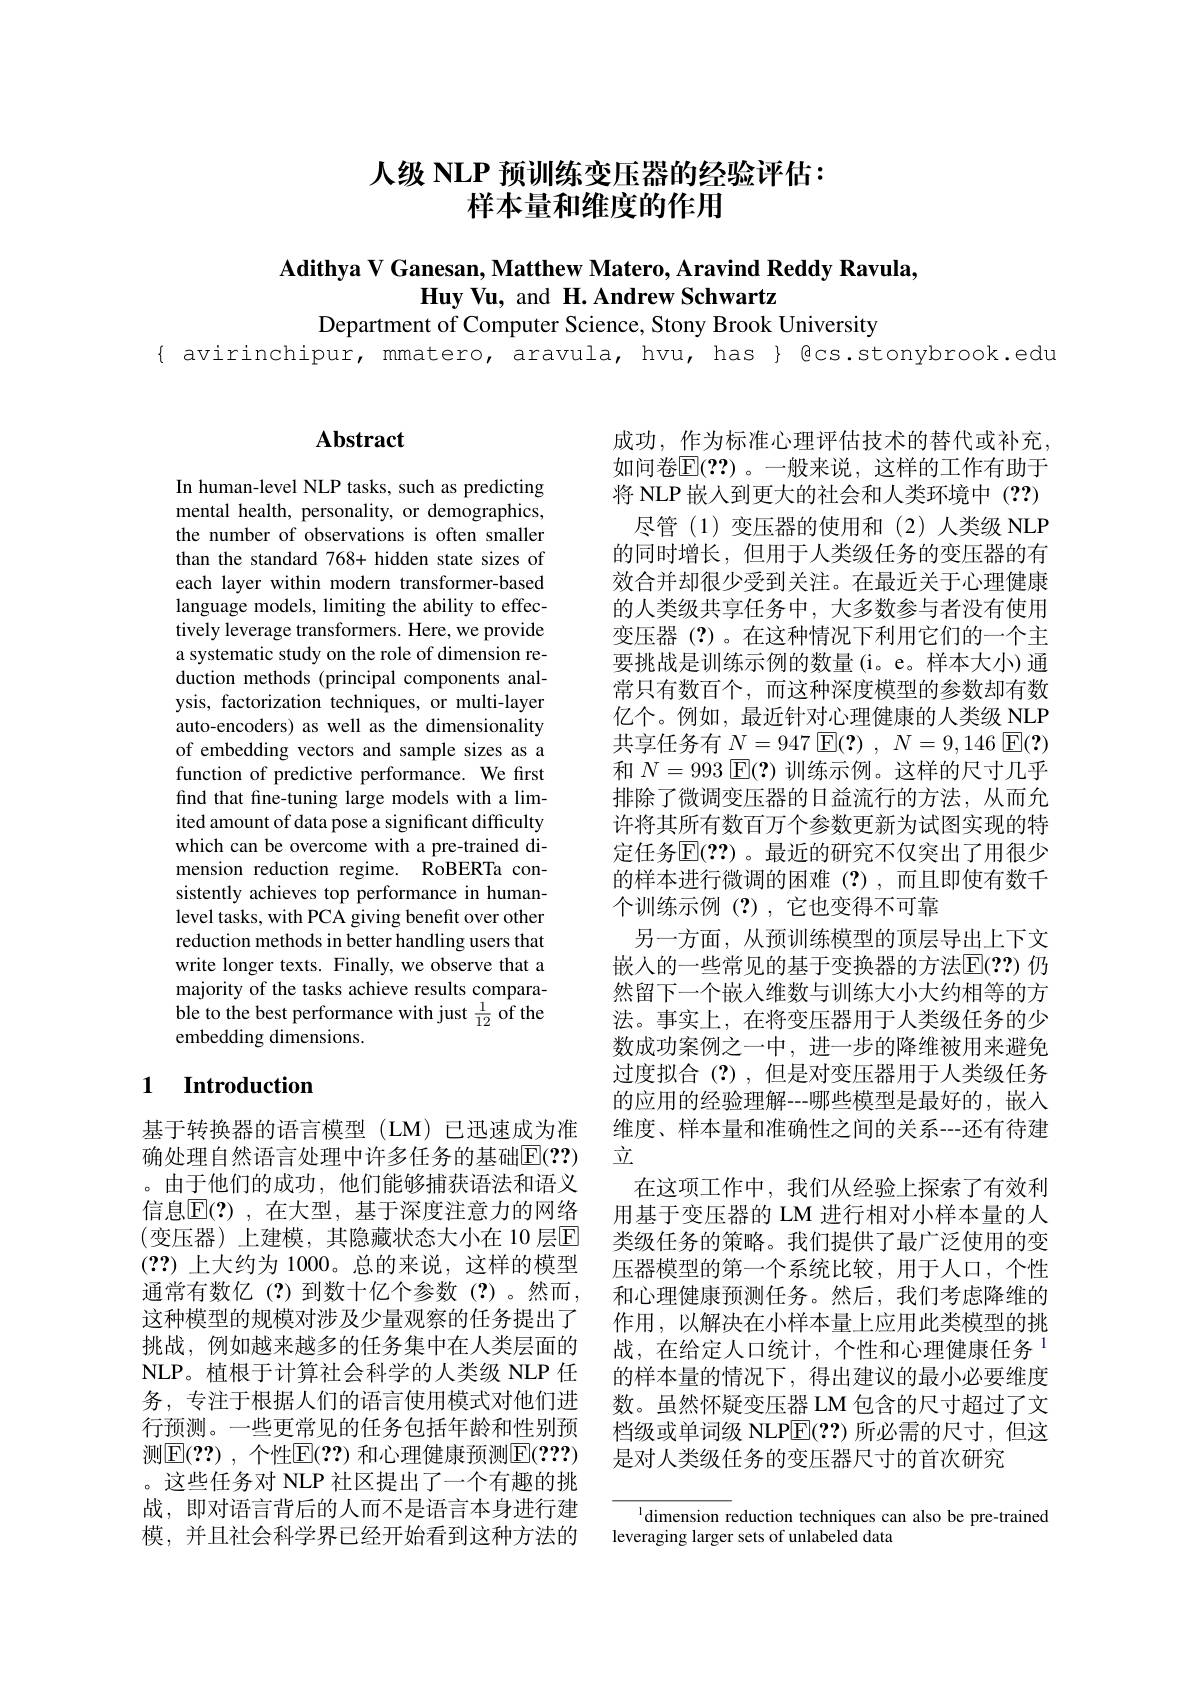
# 人级 NLP 预训练变压器的经验评估： 样本量和维度的作用

Adithya V Ganesan, Matthew Matero, Aravind Reddy Ravula,
$\textbf{Huy Vu, and H. Andrew Schwartz}$

Department of Computer Science, Stony Brook University

{ avirinchipur, mmatero, aravula, hvu, has } €cs.stonybrook.edu

## $\mathbf{Abstract}$

In human-level NLP tasks, such as predicting mental health, personality, or demographics, the number of observations is often smaller than the standard 768+ hidden state sizes of each layer within modern transformer-based language models, limiting the ability to effectively leverage transformers. Here, we provide a systematic study on the role of dimension reduction methods (principal components analysis, factorization techniques, or multi-layer auto-encoders) as well as the dimensionality of embedding vectors and sample sizes as a function of predictive performance. We first find that fine-tuning large models with a limited amount of data pose a significant difficulty which can be overcome with a pre-trained dimension reduction regime. RoBERTa consistently achieves top performance in humanlevel tasks, with PCA giving benefit over other reduction methods in better handling users that write longer texts. Finally, we observe that a majority of the tasks achieve results comparable to the best performance with just $\frac1{12}$ of the embedding dimensions.

### 1 $\textbf{Introduction}$

基于转换器的语言模型(LM)已迅速成为准确处理自然语言处理中许多任务的基础$\mathbb{E}(??)$ 。由于他们的成功，他们能够捕获语法和语义信息$\overline {\mathbb{E} }( ? )$ , 在大型，基于深度注意力的网络(变压器)上建模，其隐藏状态大小在 10 层$\mathbb{E}$ (??)上大约为 1000。总的来说，这样的模型通常有数亿(?)到数十亿个参数(?)。然而， 这种模型的规模对涉及少量观察的任务提出了挑战，例如越来越多的任务集中在人类层面的NLP。植根于计算社会科学的人类级 NLP 任务，专注于根据人们的语言使用模式对他们进行预测。一些更常见的任务包括年龄和性别预测$\boxed{\mathrm{E}}(??)$ ,个性$\boxed{\mathrm{F}}(??)$ 和心理健康预测$\boxed{\mathrm{E}}(???)$ 。这些任务对 NLP 社区提出了一个有趣的挑战，即对语言背后的人而不是语言本身进行建模，并且社会科学界已经开始看到这种方法的

成功，作为标准心理评估技术的替代或补充， 如问卷$\mathbb{E}(??)$ 。一般来说，这样的工作有助于将 NLP 嵌人到更大的社会和人类环境中(??)
尽管(1)变压器的使用和(2)人类级 NLP 的同时增长，但用于人类级任务的变压器的有效合并却很少受到关注。在最近关于心理健康的人类级共享任务中，大多数参与者没有使用变压器(?)。在这种情况下利用它们的一个主要挑战是训练示例的数量(i。e。样本大小)通常只有数百个，而这种深度模型的参数却有数亿个。例如，最近针对心理健康的人类级 NLP 共享任务有$\underline {N}= 947$ $\boxed{\mathrm{E} }( ? )$ , $N= 9, 146$ $\boxed{\mathrm{E} }( ? )$ 和$N=993$ $\mathbb{E}(?)$训练示例。这样的尺寸几乎排除了微调变压器的日益流行的方法，从而允许将其所有数百万个参数更新为试图实现的特定任务$\overline{\mathbb{E}}(??)$ 。最近的研究不仅突出了用很少的样本进行微调的困难(?),而且即使有数千个训练示例(?),它也变得不可靠
另一方面，从预训练模型的顶层导出上下文嵌人的一些常见的基于变换器的方法$\mathbb{E}(??)$ 仍然留下一个嵌入维数与训练大小大约相等的方法。事实上，在将变压器用于人类级任务的少数成功案例之一中，进一步的降维被用来避免过度拟合(?),但是对变压器用于人类级任务的应用的经验理解---哪些模型是最好的，嵌入维度、样本量和准确性之间的关系--还有待建$\underline{\underline{v}}$
在这项工作中，我们从经验上探索了有效利用基于变压器的 LM 进行相对小样本量的人类级任务的策略。我们提供了最广泛使用的变压器模型的第一个系统比较，用于人口，个性和心理健康预测任务。然后，我们考虑降维的作用，以解决在小样本量上应用此类模型的挑战，在给定人口统计，个性和心理健康任务$^{\mathrm{l}}$ 的样本量的情况下，得出建议的最小必要维度数。虽然怀疑变压器 LM 包含的尺寸超过了文档级或单词级 NLP$\overline{\mathrm{E}}(??)$所必需的尺寸，但这是对人类级任务的变压器尺寸的首次研究

l dimension reduction techniques can also be pre-trained
leveraging larger sets of unlabeled data